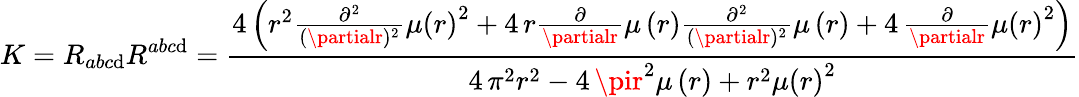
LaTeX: K=R_{abc\mathrm{d}}R^{abc\mathrm{d}}=\frac{{4\, {\left(r^{2}\frac{{\partial^{2}}}{{(\partialr)^{2}}}\mu\left(r\right)^{2}+4\, r\frac{{\partial}}{{\partialr}}\mu\left(r\right)\frac{{\partial^{2}}}{{(\partialr)^{2}}}\mu\left(r\right)+4\, \frac{{\partial}}{{\partialr}}\mu\left(r\right)^{2}\right)}}}{{4\, \pi^{2}r^{2}-4\, \pir^{2}\mu\left(r\right)+r^{2}\mu\left(r\right)^{2}}}